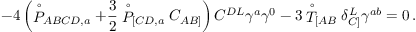
- 4 \left( \stackrel { \circ } { P } _ { A B C D , a } + \frac { 3 } { 2 } \stackrel { \circ } { P } _ { [ C D , a } C _ { A B ] } \right) C ^ { D L } \gamma ^ { a } \gamma ^ { 0 } - 3 \stackrel { \circ } { T } _ { [ A B } \delta _ { C ] } ^ { L } \gamma ^ { a b } = 0 \, .